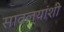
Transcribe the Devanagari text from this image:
सावल्यांशी